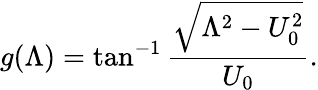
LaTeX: g(\Lambda)=\tan^{-1}\frac{\sqrt{\Lambda^{2}-U_{0}^{2}}}{U_{0}}.